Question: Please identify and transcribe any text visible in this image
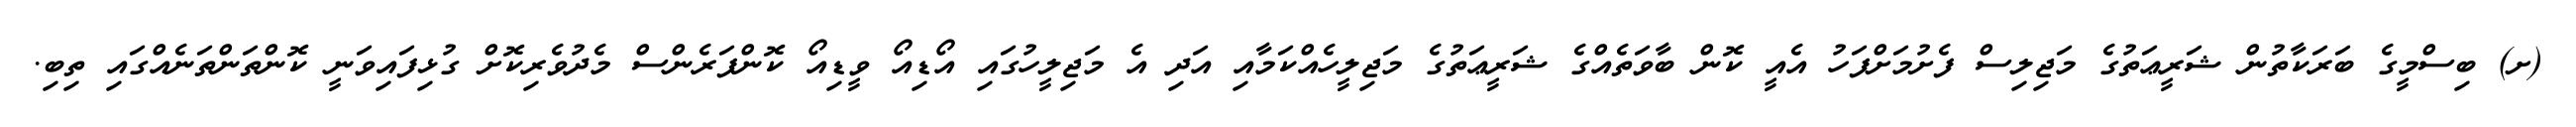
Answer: (ށ) ބިސްމީގެ ބަރަކާތުން ޝަރީޢަތުގެ މަޖިލިސް ފެށުމަށްފަހު އެއީ ކޮން ބާވަތެއްގެ ޝަރީޢަތުގެ މަޖިލީހެއްކަމާއި އަދި އެ މަޖިލީހުގައި އޯޑިއޯ ވީޑިއޯ ކޮންފަރެންސް މެދުވެރިކޮށް ގުޅިފައިވަނީ ކޮންތަންތަނެއްގައި ތިބި.